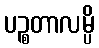
ပဉ္စတာလမ္ပိ